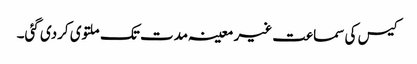
کیس کی سماعت غیر معینہ مدت تک ملتوی کردی گئی۔